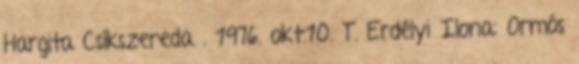
Hargita Csíkszereda . 1976. okt.10. T. Erdélyi Ilona: Ormós